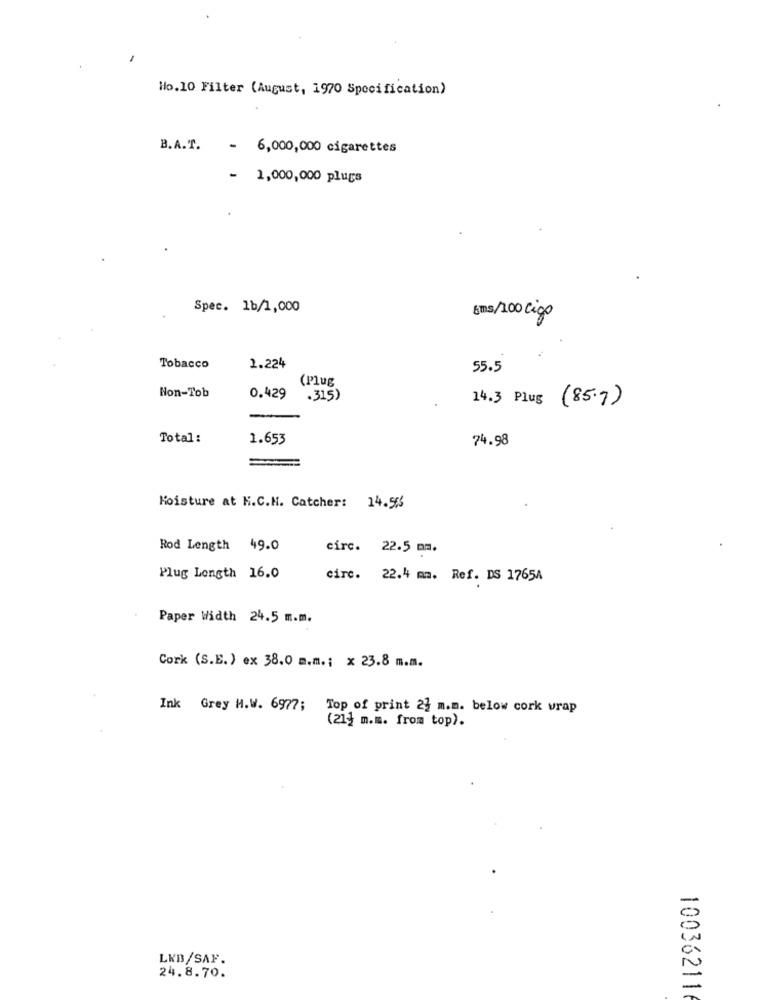
Ho.10 Filter (August, 1970 Specification)
B.A.T.
- 6,000,000 cigarettes
- 1,000,000 plugs
Spec. 1b/1,000
gms/100 cigo
Tobacco
2.224
55.5
(Plug
Non-Tob
0.429
.315)
14.3 Plug
(85.7)
Total :
1.653
74.98
Moisture at M.C.N. Catcher: 14.55
Rod Length 49.0
circ. 22.5 mm.
Plug Length 16.0
circ. 22.4 mm. Ref. DS 1765A
Paper Width 24.5 m.m.
Cork (S.E.) ex 38.0 m.m. ; x 23.8 m.m.
Ink Grey H.W. 6977;
Top of print 23 m.m. below cork wrap
(21] m.m. from top).
LKB/SAF.
24.8.70.
100362116